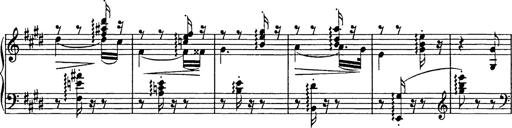
Title: Consolations
Composer: Franz Liszt